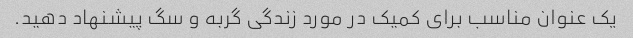
یک عنوان مناسب برای کمیک در مورد زندگی گربه و سگ پیشنهاد دهید.